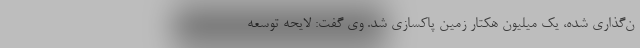
ن‌گذاری شده، یک میلیون هکتار زمین پاکسازی شد. وی گفت: لایحه توسعه